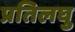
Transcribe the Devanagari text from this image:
प्रतिलघु